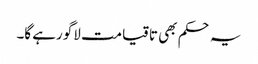
یہ حکم بھی تاقیامت لاگو رہے گا۔